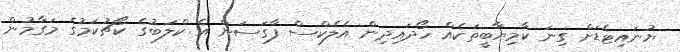
ޔުނައިޓެޑަށް ގިނަ ކާމިޔާބީތަކެއް ހޯދައިދިން އެލެކްސް ފާގަސަން އެ ކްލަބުގެ ކޯޗުކަމުގެ މަގާމުން